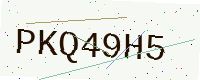
Text: PKQ49H5